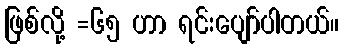
ဖြစ်လို့ =၆၅ ဟာ ရင်းပျော်ပါတယ်။